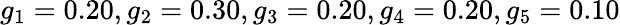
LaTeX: g_{1}=0.20,g_{2}=0.30,g_{3}=0.20,g_{4}=0.20,g_{5}=0.10